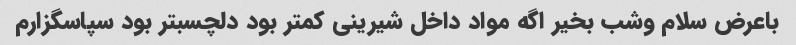
باعرض سلام وشب بخیر اگه مواد داخل شیرینی کمتر بود دلچسبتر بود سپاسگزارم